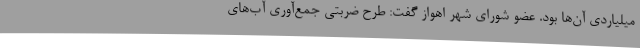
میلیاردی آن‌ها بود. عضو شورای شهر اهواز گفت: طرح ضربتی جمع‌آوری آب‌های